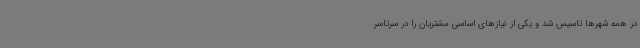
در همه شهرها تاسیس شد و یکی از نیازهای اساسی مشتریان را در سرتاسر